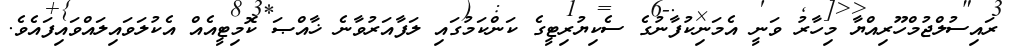
ރައިސުލްޖުމްހޫރިއްޔާ މިހާރު ވަނީ އެމަނިކުފާނުގެ ސެކިޔުރިޓީގެ ކަންކަމުގައި ލަފާއަރުވާނެ ޚާއްޞަ ކޮމިޓީއެއް އެކުލަވައިލައްވައިފައެވެ.